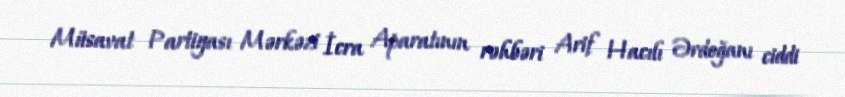
Müsavat Partiyası Mərkəzi İcra Aparatının rəhbəri Arif Hacılı Ərdoğanı ciddi